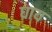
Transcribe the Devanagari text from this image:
घाय